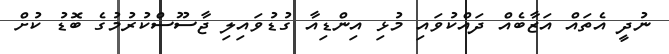
ނުދީ އެތައް އަޒާބެއް ދައްކުވައި މުޅި އިންޑިއާ ގުޑުވައިލި ޖާސޫސްކުރުމުގެ ބޮޑު ކުށް